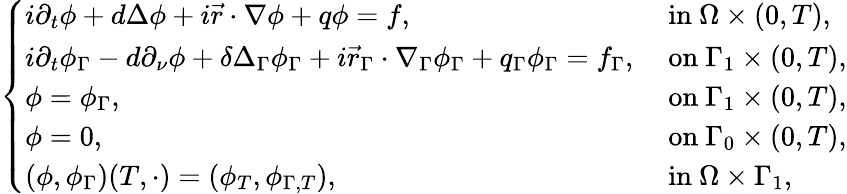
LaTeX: \begin{array}{r}{\left\{ \begin{array}{ll}{i\partial_{t}\phi+d\Delta\phi+i\vec{r}\cdot\nabla\phi+q\phi=f,}&{\mathrm{~in~}\Omega\times(0,T),}\\ {i\partial_{t}\phi_{\Gamma}-d\partial_{\nu}\phi+\delta\Delta_{\Gamma}\phi_{\Gamma}+i\vec{r}_{\Gamma}\cdot\nabla_{\Gamma}\phi_{\Gamma}+q_{\Gamma}\phi_{\Gamma}=f_{\Gamma},}&{\mathrm{~on~}\Gamma_{1}\times(0,T),}\\ {\phi=\phi_{\Gamma},}&{\mathrm{~on~}\Gamma_{1}\times(0,T),}\\ {\phi=0,}&{\mathrm{~on~}\Gamma_{0}\times(0,T),}\\ {(\phi,\phi_{\Gamma})(T,\cdot)=(\phi_{T},\phi_{\Gamma,T}),}&{\mathrm{~in~}\Omega\times\Gamma_{1},}\end{array}\right.}\end{array}